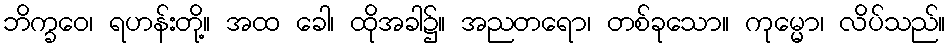
ဘိက္ခဝေ၊ ရဟန်းတို့။ အထ ခေါ၊ ထိုအခါ၌။ အညတရော၊ တစ်ခုသော။ ကုမ္မော၊ လိပ်သည်။